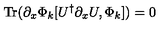
\mathrm { T r } ( \partial _ { x } \Phi _ { k } [ U ^ { \dagger } \partial _ { x } U , \Phi _ { k } ] ) = 0